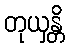
တုယှန္တိ